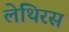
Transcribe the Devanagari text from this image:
लेथिरस